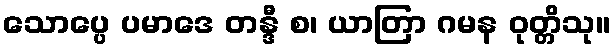
သောပ္ပေ ပမာဒေ တန္ဒီ စ၊ ယာတြာ ဂမန ဝုတ္တိသု။